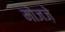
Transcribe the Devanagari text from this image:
मोजज़े